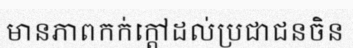
មានភាពកក់ក្តៅដល់ប្រជាជនចិន